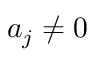
a _ { j } \neq 0